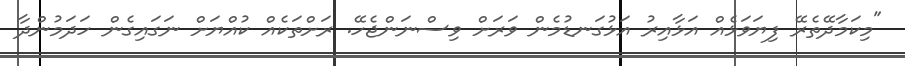
"މިކަމާދޭތެރޭ ފިޔަވަޅެއް އަޅާއިރު އަޅުގަނޑުމެން ވަރަށް ވިސްނަންޖެހޭ. ރަށްތަކެއް ކުއްޔަށް ނަގައިގެން ހަދަމުންދާ